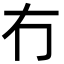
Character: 冇